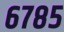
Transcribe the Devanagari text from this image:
६७८५